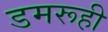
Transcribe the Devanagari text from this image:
डमरूही